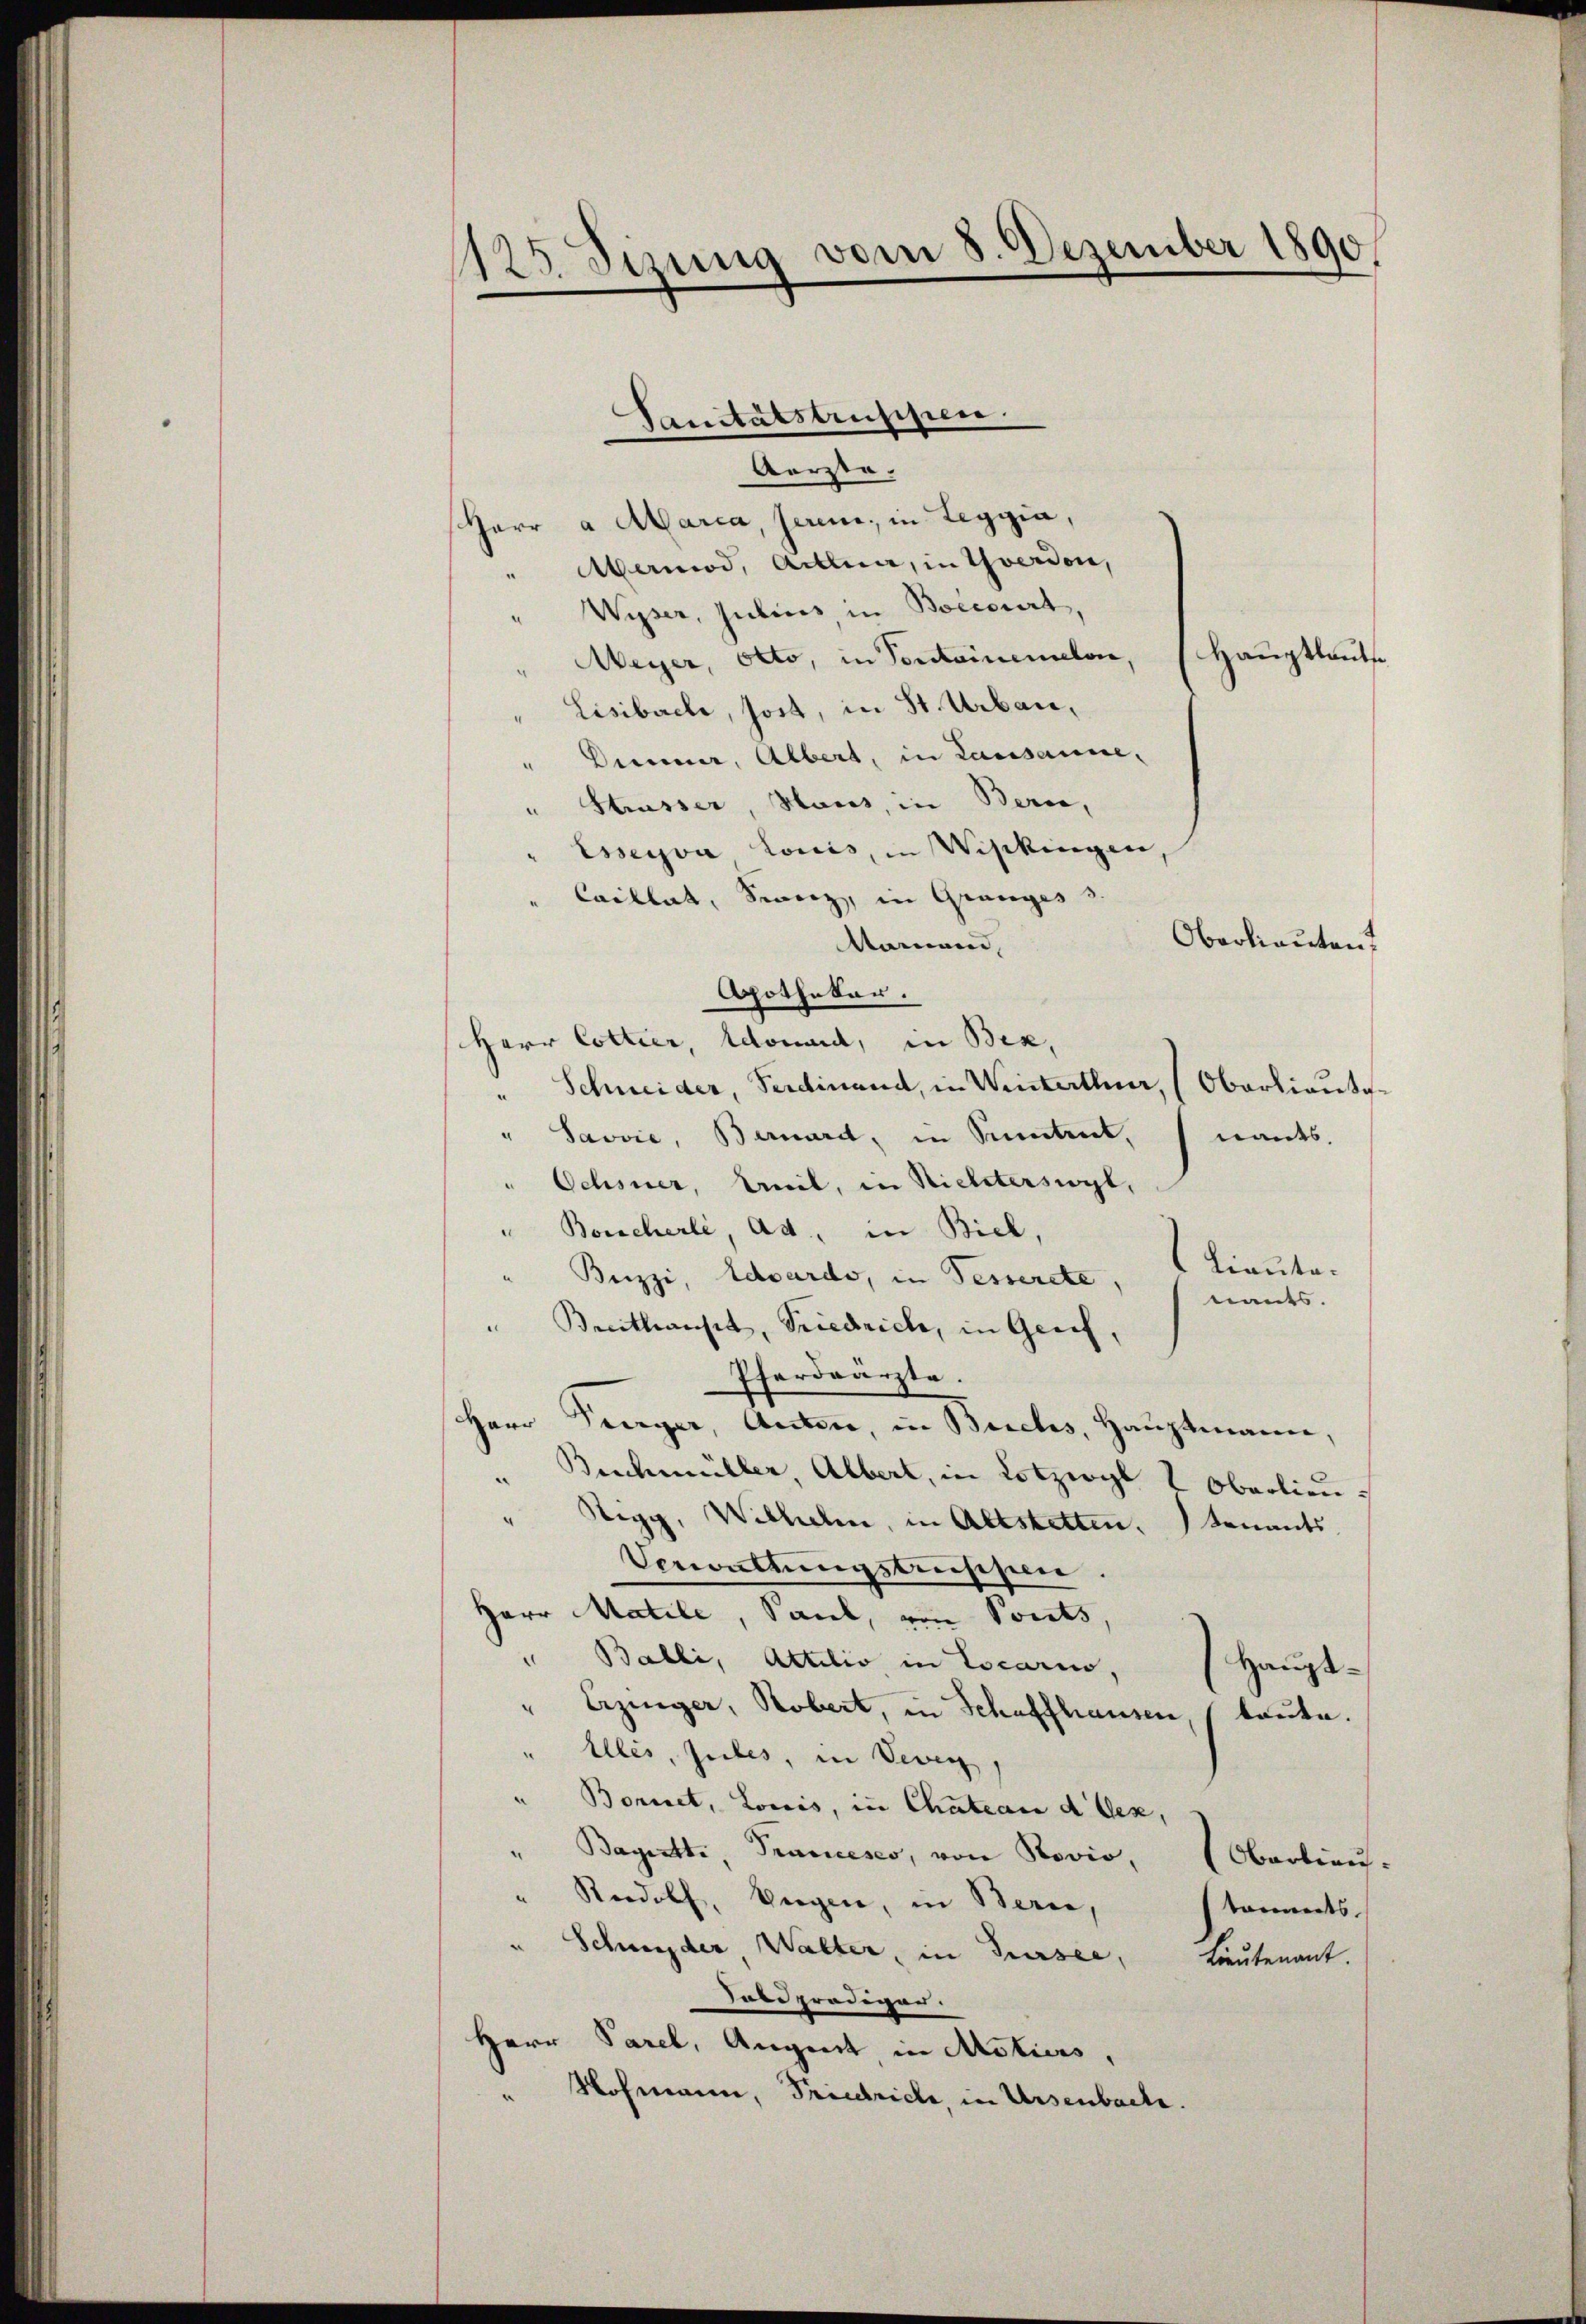
125. Sizung vom 8. Dezember 1890

Aerzte.
Harr a Maria, serem, in Leggia,
Mamod, Allia, in Yverdon,
Wyser, Julius in Boecourt,
Weyer, Otto, in Portainemalon, 1 Hauptlaut
Lisibache, soit, in St. Urban,
Diner, Albert, in Lausanne,
" Strasser, Haus, in Bern,
Eseyva Louis, in Wipkingen
Caillat, Sinerz, in Granges 3.
Oberlieuten
Nomann,
Apothekar.
Herr Cottier Edouard, in Bek,
" Schneider, Ferdinand, in Weisterthur, (Oberlieute
" Savvić, Bernardt, in Sentent,
nants.
Ochsner, weil, in Nichterswyl,
" Boischerli, Ad, in Biel,
Lieute.
Brizzi, Advardo, in Fesserete,
nants.
" Breithaupt, Friedrich, in Geneh
Pferdrärzte.
Herr Turger, Anton, in Buchs, Hauptmann,
Buschmüller, Albert, in Lotzwyl & Oberlieu.
“
Regg, Wilhelm, in Altstetten, benants,
Veronttungsbeschen.
Herr Matile, Saul, von Sonts,
" Balli, Attilio in Locarno,
Haupt¬
Erzinger, Robert, in Schaffhausen, (laute.
Alles, siebes, in Vevey
Boriret, Loris, in Chateau d. Gex,
Bayetti, Trancesco, von Rovio, (Oberlieu-
" Rudolf, Eigen, in Berne,
tonnerts
Schneider, Walter, in Sursee,
Lieutenant.
Sabsprödiger.
Herr Parel, August, in Motiers,
" Hofmann, Friedrich, in Ursenbache.

Sanitätstrusizien